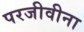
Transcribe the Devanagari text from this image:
परजीवीना